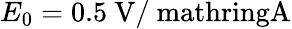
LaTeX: E_{0}=0.5\ \mathrm{V/\ mathring{A}}